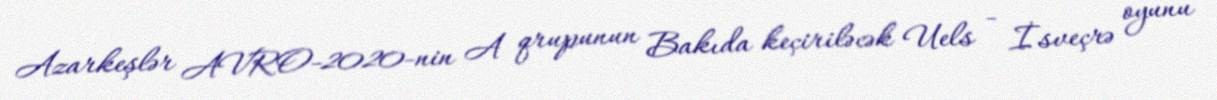
Azarkeşlər AVRO-2020-nin A qrupunun Bakıda keçiriləcək Uels - İsveçrə oyunu